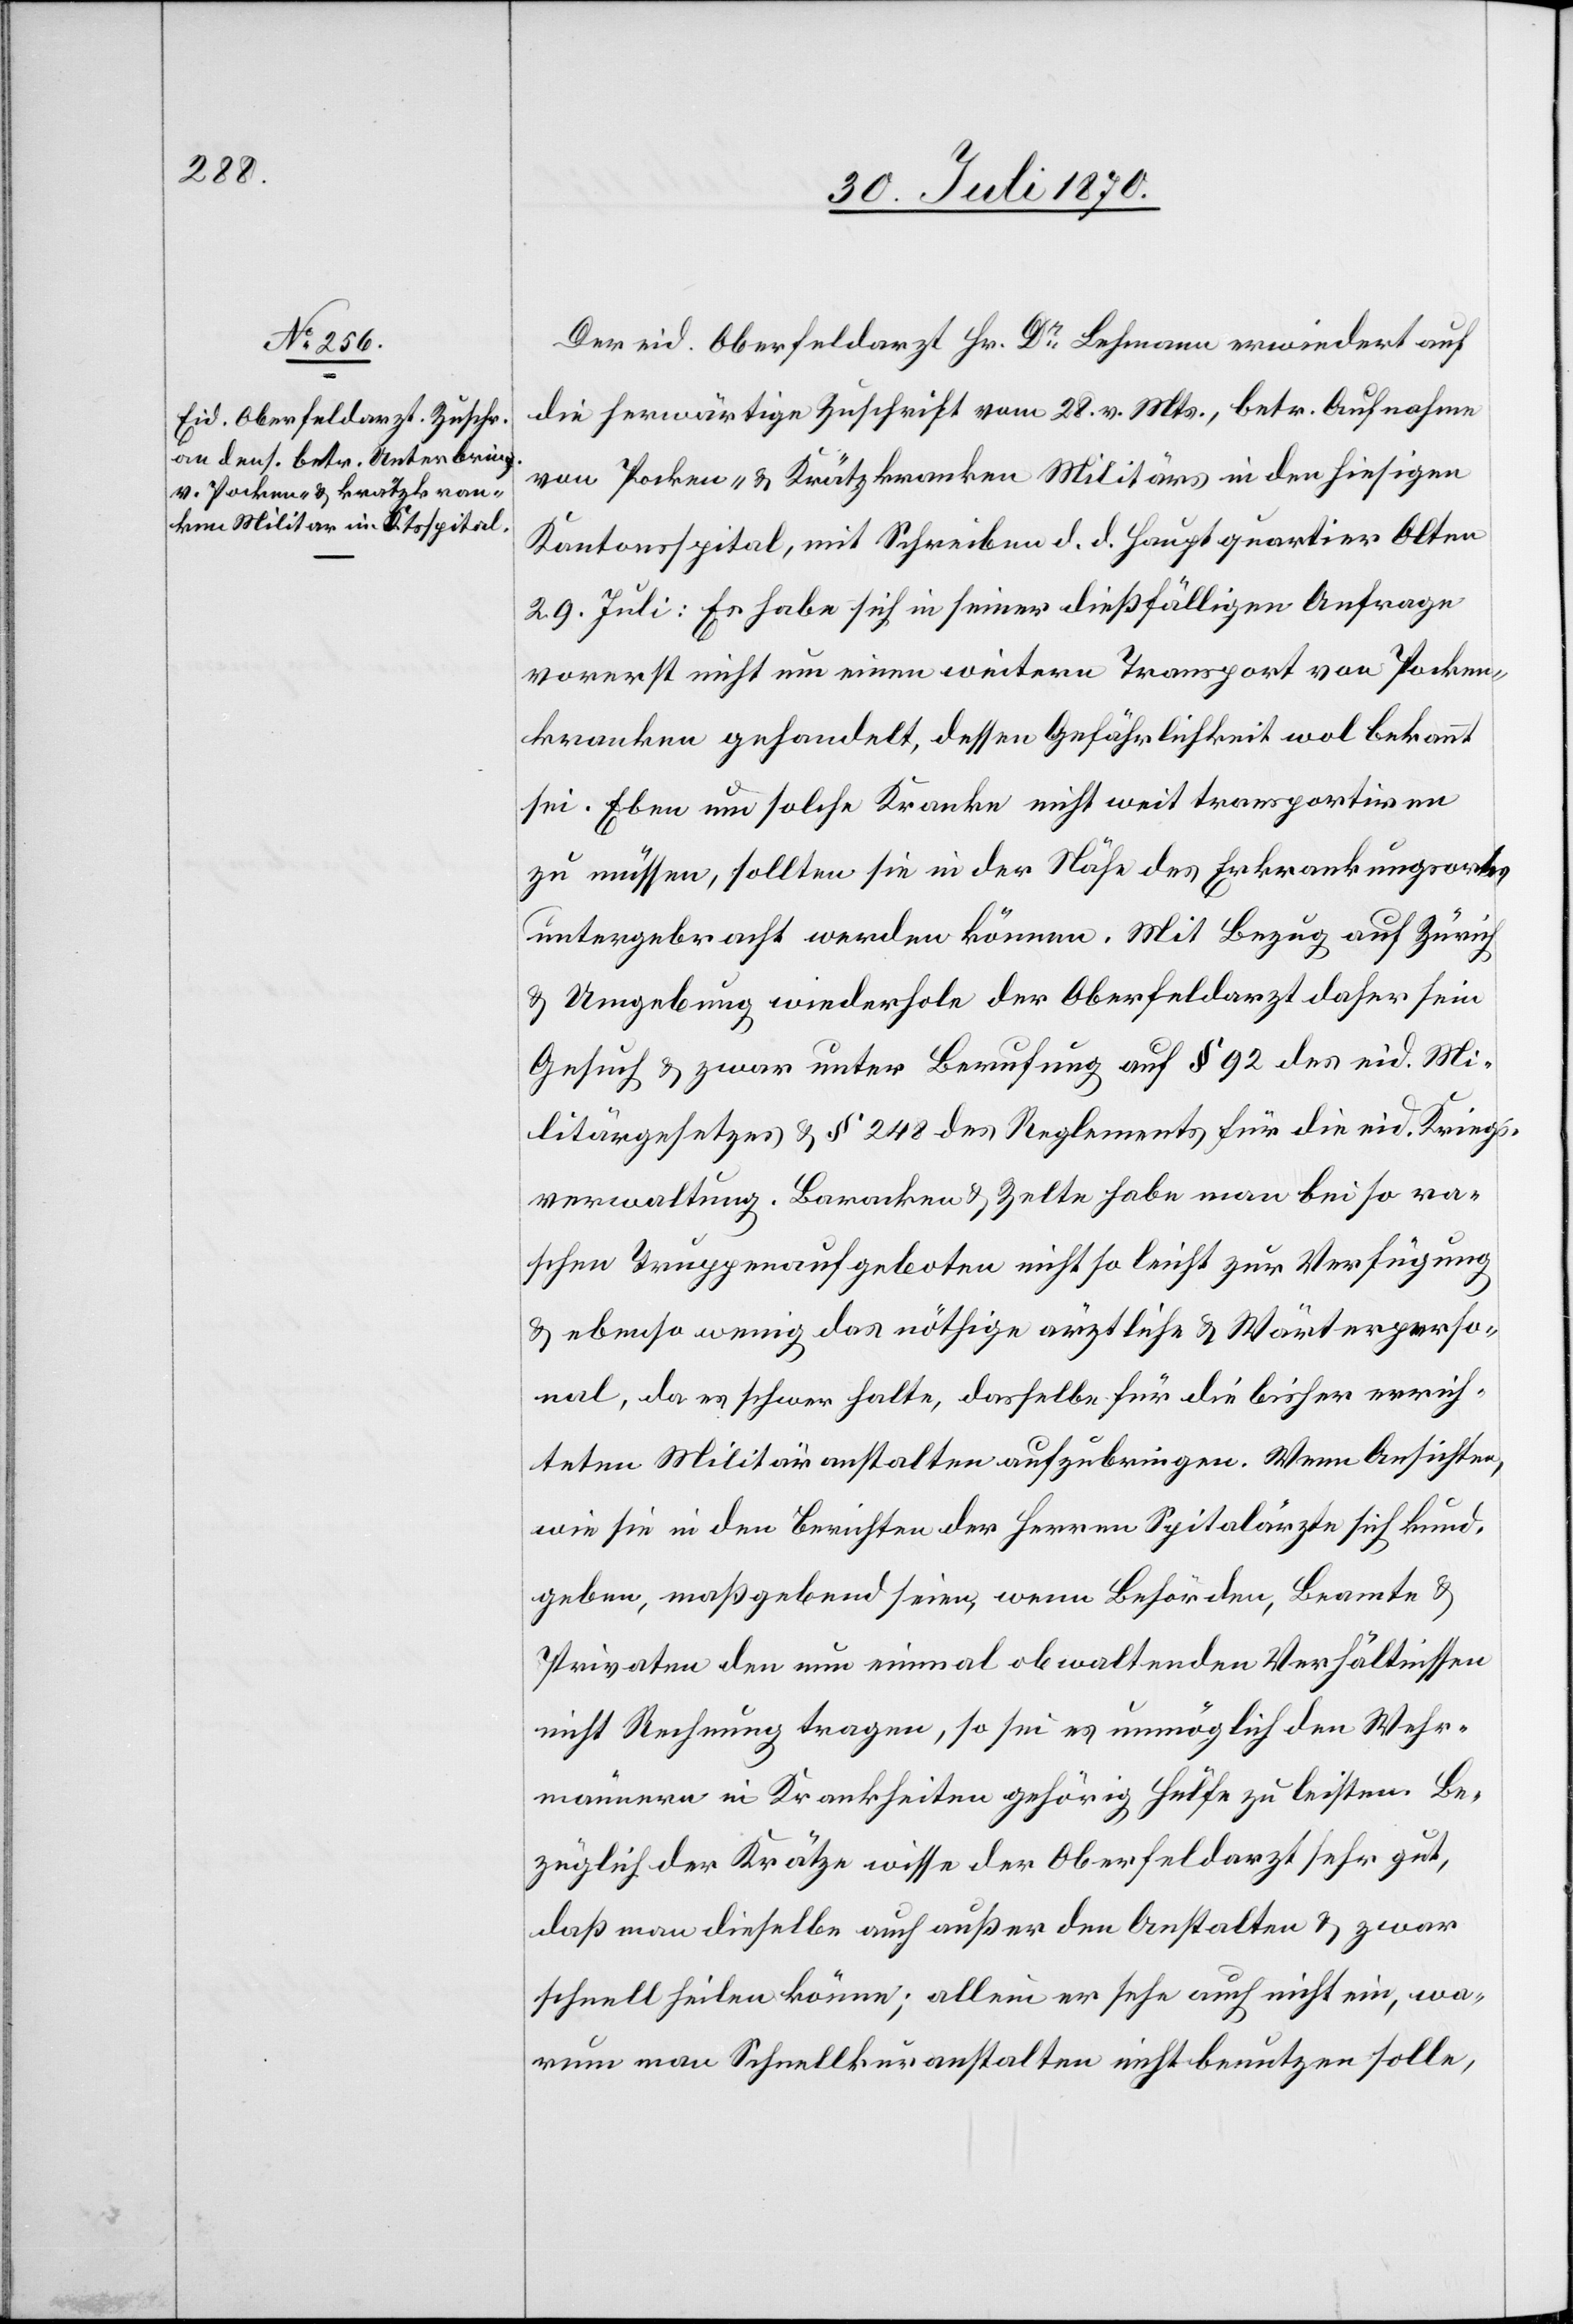
Der eid. Oberfeldarzt Hr. Dr Lehmann erwiedert auf
die herwärtige Zuschrift vom 28. v. Mts., betr. Aufnahme
von Pocken- & Krätzkranken Militärs in den hiesigen
Kantonsspital, mit Schreiben d. d. Hauptquartier Olten
29. Juli: Es habe sich in seiner dießfälligen Anfrage
vorerst nicht um einen weitern Transport von Pocken¬
kranken gehandelt, dessen Gefährlichkeit wol bekannt
sei. Eben um solche Kranke nicht weit transportiren
zu müssen, sollten sie in der Nähe des Erkrankungsortes
untergebracht werden können. Mit Bezug auf Zürich
& Umgebung wiederhole der Oberfeldarzt daher sein
Gesuch & zwar unter Berufung auf § 92 des eid. Mi¬
litärgesetzes & § 248 des Reglements für die eid. Kriegs¬
verwaltung. Baracken & Zelte habe man bei so ra¬
schen Truppenaufgeboten nicht so leicht zur Verfügung
& ebenso wenig das nöthige ärztliche & Wärterperso¬
nal, da es schwer halte, dasselbe für die bisher erreich¬
ten Militäranstalten aufzubringen. Wenn Ansichten,
wie sie in den Berichten der Herren Spitalärzte sich kund¬
geben, maßgebend seien, wenn Behörden, Beamte &
Privaten den nun einmal obwaltenden Verhältnissen
nicht Rechnung tragen, so sei es unmöglich den Wehr¬
männern in Krankheiten gehörig Hülfe zu leisten. Be¬
züglich der Krätze wisse der Oberfeldarzt sehr gut,
daß man dieselbe auch außer den Anstalten & zwar
schnell heilen könne; allein er sehe auch nicht ein, wa¬
rum man Schnellkuranstalten nicht benutzen solle,